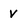
Character: v